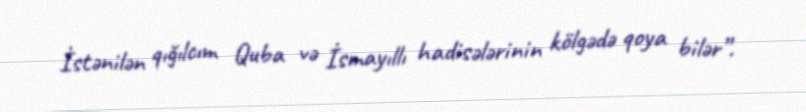
İstənilən qığılcım Quba və İsmayıllı hadisələrinin kölgədə qoya bilər”.